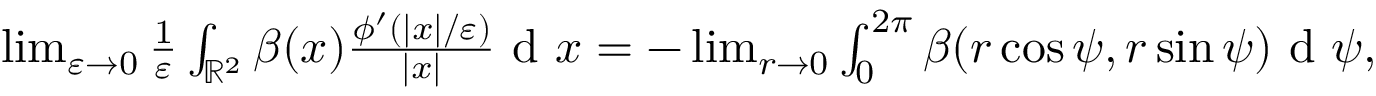
\begin{array} { r } { \operatorname* { l i m } _ { \varepsilon \to 0 } \frac { 1 } { \varepsilon } \int _ { \mathbb { R } ^ { 2 } } \beta ( x ) \frac { \phi ^ { \prime } ( | x | / \varepsilon ) } { | x | } \textrm { d } x = - \operatorname* { l i m } _ { r \to 0 } \int _ { 0 } ^ { 2 \pi } \beta ( r \cos \psi , r \sin \psi ) \textrm { d } \psi , } \end{array}